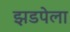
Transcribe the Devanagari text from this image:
झडपेला